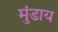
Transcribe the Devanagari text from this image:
मुंडाय